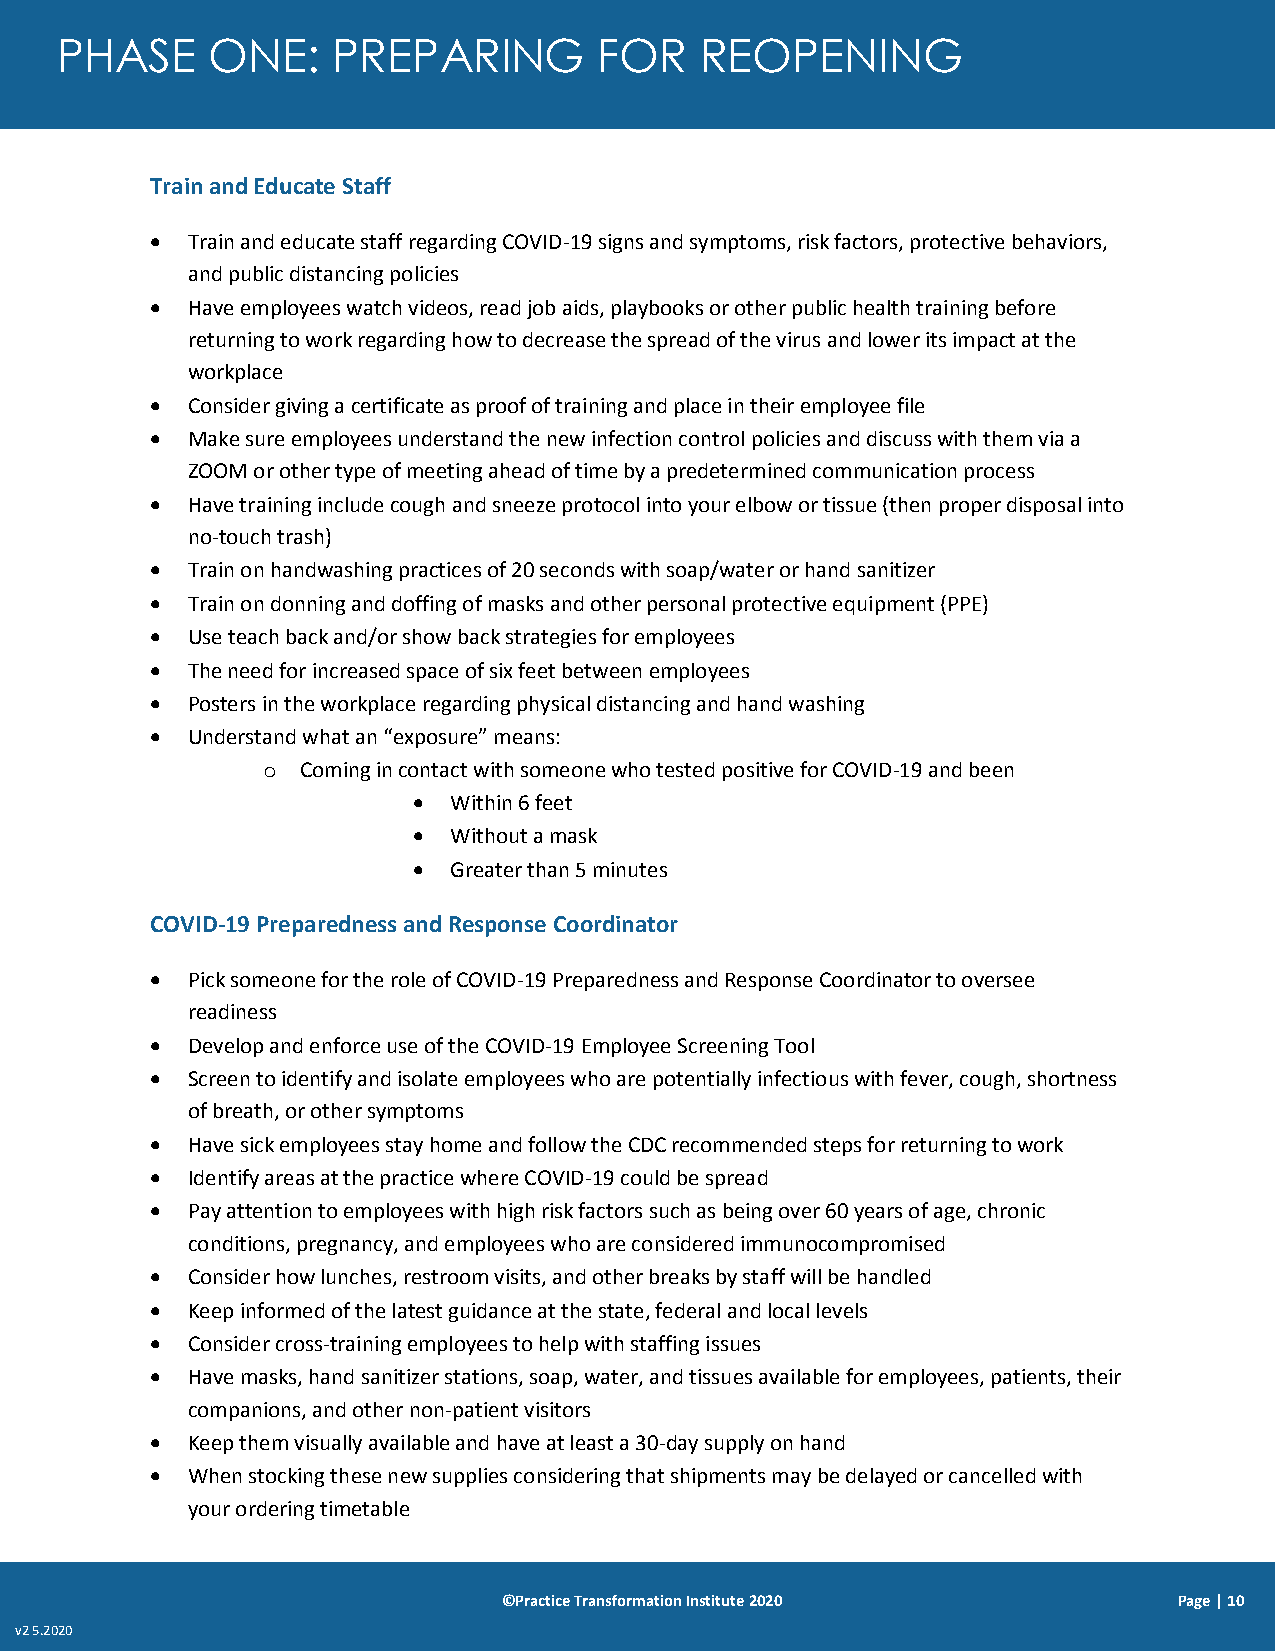
PHASE     ONE:    PREPARING         FOR   REOPENING
 Train and Educate Staff
  Train and educate staff regarding COVID-19 signs and symptoms, risk factors, protective behaviors,
 and public distancing policies
  Have employees watch videos, read job aids, playbooks or other public health training before
 returning to work regarding how to decrease the spread of the virus and lower its impact at the
 workplace
  Consider giving a certificate as proof of training and place in their employee file
  Make sure employees understand the new infection control policies and discuss with them via a
 ZOOM or other type of meeting ahead of time by a predetermined communication process
  Have training include cough and sneeze protocol into your elbow or tissue (then proper disposal into
 no-touch trash)
  Train on handwashing practices of 20 seconds with soap/water or hand sanitizer
  Train on donning and doffing of masks and other personal protective equipment (PPE)
  Use teach back and/or show back strategies for employees
  The need for increased space of six feet between employees
  Posters in the workplace regarding physical distancing and hand washing
  Understand what an “exposure” means:
 o  Coming in contact with someone who tested positive for COVID-19 and been
   Within 6 feet
   Without a mask
   Greater than 5 minutes
 COVID-19 Preparedness and Response Coordinator
  Pick someone for the role of COVID-19 Preparedness and Response Coordinator to oversee
 readiness
  Develop and enforce use of the COVID-19 Employee Screening Tool
  Screen to identify and isolate employees who are potentially infectious with fever, cough, shortness
 of breath, or other symptoms
  Have sick employees stay home and follow the CDC recommended steps for returning to work
  Identify areas at the practice where COVID-19 could be spread
  Pay attention to employees with high risk factors such as being over 60 years of age, chronic
 conditions, pregnancy, and employees who are considered immunocompromised
  Consider how lunches, restroom visits, and other breaks by staff will be handled
  Keep informed of the latest guidance at the state, federal and local levels
  Consider cross-training employees to help with staffing issues
  Have masks, hand sanitizer stations, soap, water, and tissues available for employees, patients, their
 companions, and other non-patient visitors
  Keep them visually available and have at least a 30-day supply on hand
  When stocking these new supplies considering that shipments may be delayed or cancelled with
 your ordering timetable
 ©Practice Transformation Institute 2020      Page | 10
 v2 5.2020